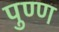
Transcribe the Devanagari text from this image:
पुण्ण